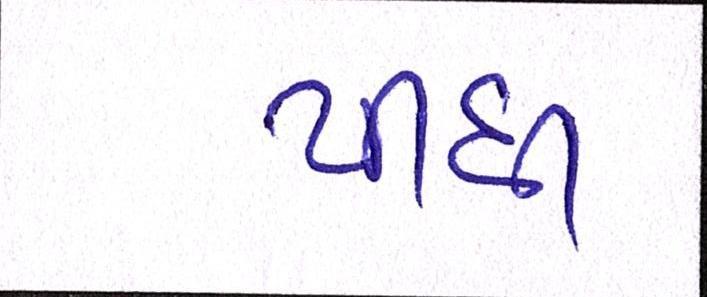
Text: પીધી